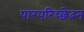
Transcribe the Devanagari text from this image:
पारपरिच्छेदन